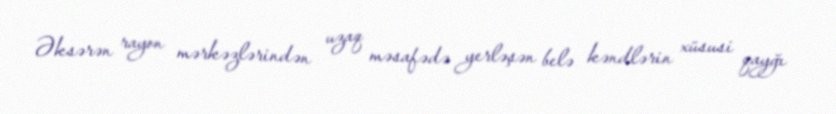
Əksərən rayon mərkəzlərindən uzaq məsafədə yerləşən belə kəndlərin xüsusi qayğı